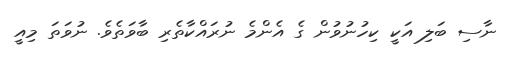
ނާސި ބަލި އަކީ ކިހުނުވުން ގެ އެންމެ ނުރައްކާތެރި ބާވަތެވެ. ނުވަތަ މިއީ